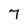
Character: 7